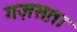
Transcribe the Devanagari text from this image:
गज़स़ता